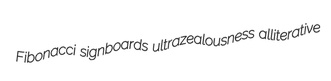
Fibonacci signboards ultrazealousness alliterative